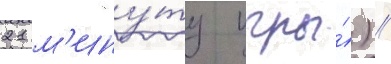
21 м'ину́ту игры́) //